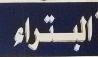
البتراء